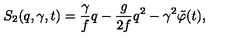
S _ { 2 } ( q , \gamma , t ) = \frac { \gamma } { f } q - \frac { g } { 2 f } q ^ { 2 } - \gamma ^ { 2 } \tilde { \varphi } ( t ) ,